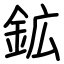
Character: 鉱